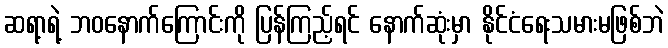
ဆရာ့ရဲ့ ဘဝနောက်ကြောင်းကို ပြန်ကြည့်ရင် နောက်ဆုံးမှာ နိုင်ငံရေးသမားမဖြစ်ဘဲ